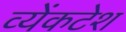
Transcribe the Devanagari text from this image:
व्येंकटेश